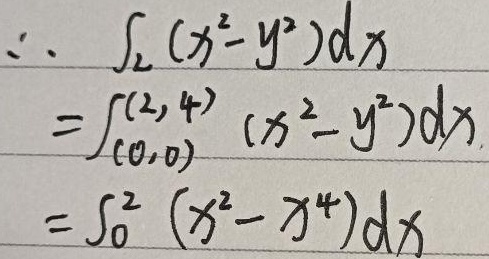
\[
\begin{align*}
&\text{所以}\int_{L}(x^{2}-y^{2})dx\\
=&\int_{(0,0)}^{(2,4)}(x^{2}-y^{2})dx\\
=&\int_{0}^{2}(x^{2}-x^{4})dx
\end{align*}
\]